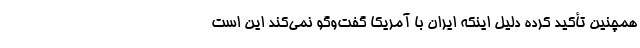
همچنین تأکید کرده دلیل اینکه ایران با آمریکا گفت‌وگو نمی‌کند این است